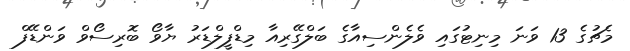
މެޗުގެ 13 ވަނަ މިނިޓުގައި ވެލެންސިއާގެ ބަލްގޭރިއާ މިޑްފީލްޑަރު ޔާވޯ ބޮރިސޯވް ވަންޑޭފް